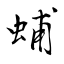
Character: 蜅